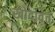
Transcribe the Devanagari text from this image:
खोदावेत